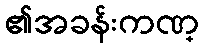
၏အခန်းကဏ္